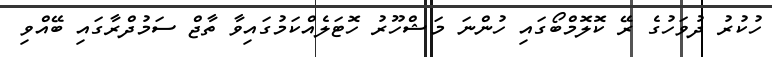
ހުކުރު ދުވަހުގެ ރޭ ކޮލޮމްބޯގައި ހުންނަ މަޝްހޫރު ހޮޓަލެއްކަމުގައިވާ ތާޖް ސަމުދްރާގައި ބޭއްވި